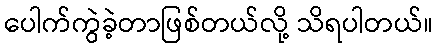
ပေါက်ကွဲခဲ့တာဖြစ်တယ်လို့ သိရပါတယ်။